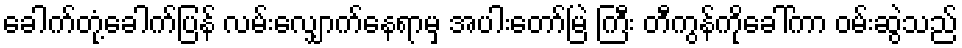
ခေါက်တုံ့ခေါက်ပြန် လမ်းလျှောက်နေရာမှ အပါးတော်မြဲ ကြီး တီကွန်ကိုခေါ်ကာ ဝမ်းဆွဲသည်